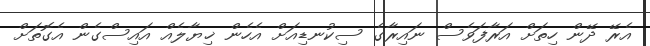
އެރޭ ދޭން ހިތަށް އަރާފަވެސް ނައިރާގެ ސިކުނޑިއަށް އެހެން ޚިޔާލެއް އައިސްގެން އެގޮތަށް